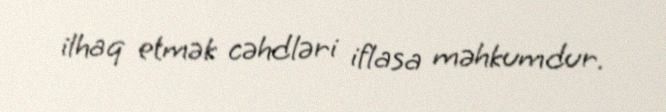
ilhaq etmək cəhdləri iflasa məhkumdur.